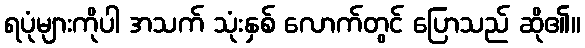
ရပုံများကိုပါ အသက် သုံးနှစ် လောက်တွင် ပြောသည် ဆို၏။